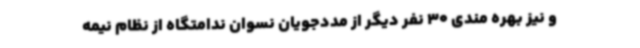
و نیز بهره مندی 30 نفر دیگر از مددجویان نسوان ندامتگاه از نظام نیمه